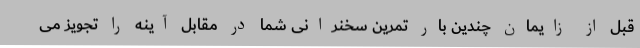
قبل از زایمان چندین بار تمرین سخنرانی شما در مقابل آینه را تجویز می